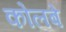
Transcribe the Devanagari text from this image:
कोलबे